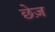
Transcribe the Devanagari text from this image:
छेज़